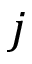
j